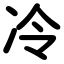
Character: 冷